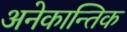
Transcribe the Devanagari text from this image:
अनेकान्तिक